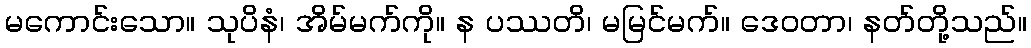
မကောင်းသော။ သုပိနံ၊ အိမ်မက်ကို။ န ပဿတိ၊ မမြင်မက်။ ဒေဝတာ၊ နတ်တို့သည်။